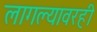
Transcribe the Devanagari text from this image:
लागल्यावरही